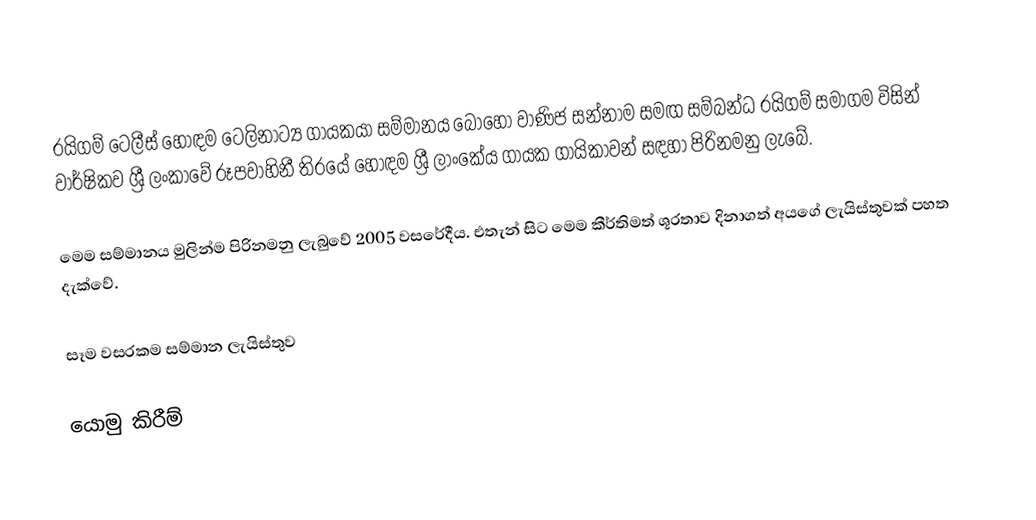
රයිගම් ටෙලීස් හොඳම ටෙලිනාට්‍ය ගායකයා සම්මානය  බොහෝ වාණිජ සන්නාම සමඟ සම්බන්ධ රයිගම් සමාගම විසින් වාර්ෂිකව ශ්‍රී ලංකාවේ රූපවාහිනී තිරයේ හොඳම ශ්‍රී ලාංකේය ගායක ගායිකාවන් සඳහා පිරිනමනු ලැබේ.

මෙම සම්මානය මුලින්ම පිරිනමනු ලැබුවේ 2005 වසරේදීය. එතැන් සිට මෙම කීර්තිමත් ශූරතාව දිනාගත් අයගේ ලැයිස්තුවක් පහත දැක්වේ.

සෑම වසරකම සම්මාන ලැයිස්තුව

යොමු කිරීම්